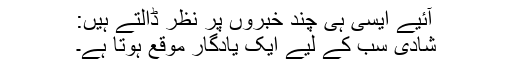
آئیے ایسی ہی چند خبروں پر نظر ڈالتے ہیں:
شادی سب کے لیے ایک یادگار موقع ہوتا ہے۔